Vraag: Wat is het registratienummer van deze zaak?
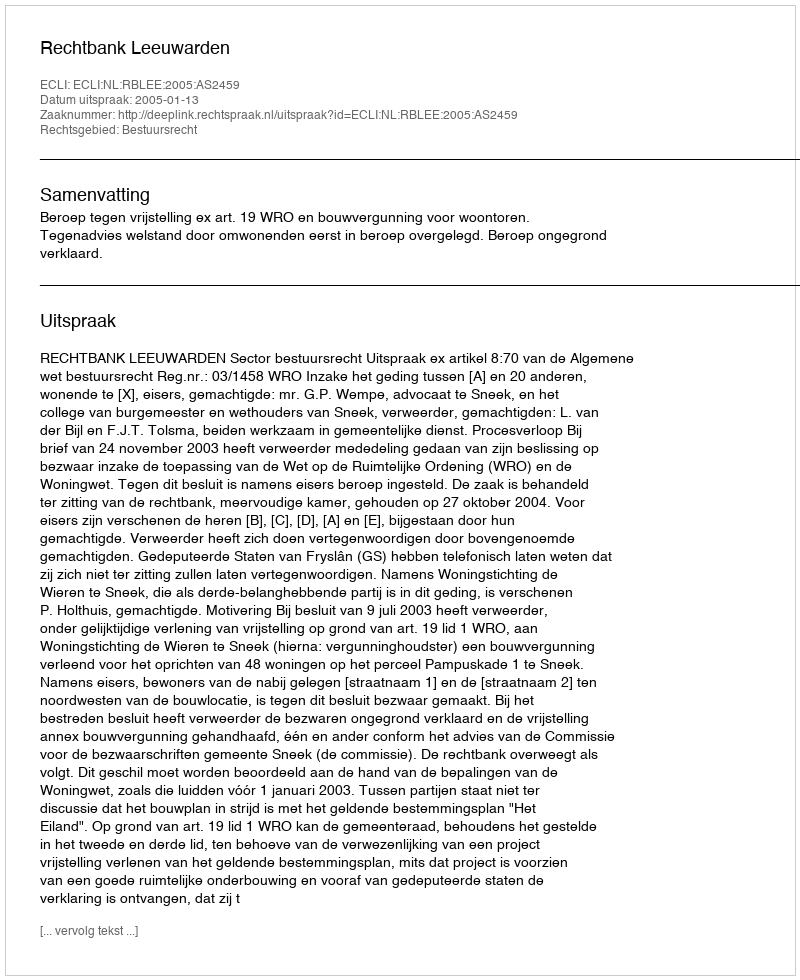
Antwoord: http://deeplink.rechtspraak.nl/uitspraak?id=ECLI:NL:RBLEE:2005:AS2459